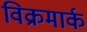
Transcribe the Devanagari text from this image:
विक्रमार्क